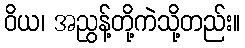
ဝိယ၊ အညွန့်တို့ကဲသို့တည်း။